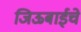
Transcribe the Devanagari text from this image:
जिऊबाईचे